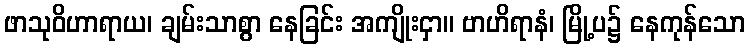
ဖာသုဝိဟာရာယ၊ ချမ်းသာစွာ နေခြင်း အကျိုးငှာ။ ဗာဟိရာနံ၊ မြို့ပ၌ နေကုန်သော